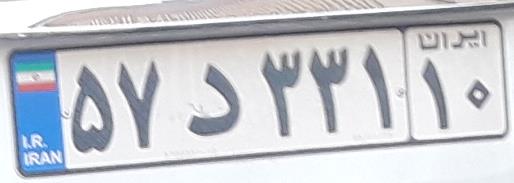
۵۷د۳۳۱۱۰